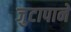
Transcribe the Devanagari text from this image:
जुटापाने